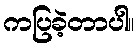
ကပြခဲ့တာပါ။